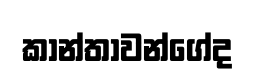
කාන්තාවන්ගේද